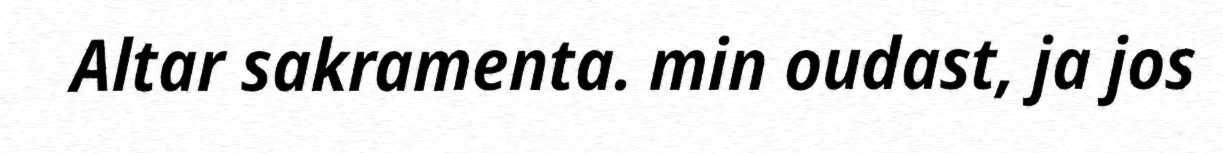
Altar sakramenta. min oudast, ja jos